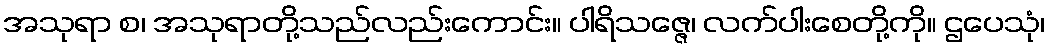
အသုရာ စ၊ အသုရာတို့သည်လည်းကောင်း။ ပါရိသဇ္ဇေ၊ လက်ပါးစေတို့ကို။ ဌပေသုံ၊